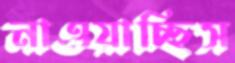
নাওয়াচ্ছিস